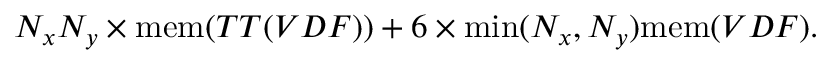
N _ { x } N _ { y } \times \mathrm { m e m } ( T T ( V D F ) ) + 6 \times \mathrm { m i n } ( N _ { x } , N _ { y } ) \mathrm { m e m } ( V D F ) .